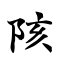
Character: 陔